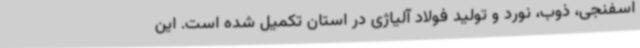
اسفنجی، ذوب، نورد و تولید فولاد آلیاژی در استان تکمیل شده است. این